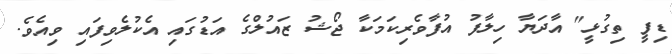
ޑިފީ ތިގުޅީ" އާދަޔާ ހިލާފު އުފާވެރިކަމަކާ ޖޯޝު ޒައުލްގެ އަޑުގައި އެކުލެވިފައި ވިއެވެ.